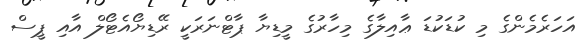
އަހަރެމެންގެ މި ކުޑަކުޑަ ޢާއިލާގެ މިހާރުގެ މީޑިޔާ ޕާޓްނަރަކީ ރޭޑިޔޯއެޓޯލް އާއި ޕީސް